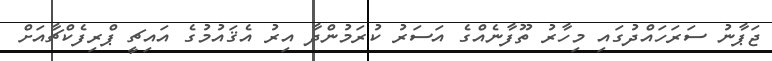
ޖަޕާނުު ސަރަހައްދުގައި މިހާރު ތޫފާނެއްގެ އަސަރު ކުރަމުންދާ އިރު އެޤައުމުގެ އައިޗީ ޕްރިފެކްޗާއަށް